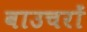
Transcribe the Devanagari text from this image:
वाउचरों